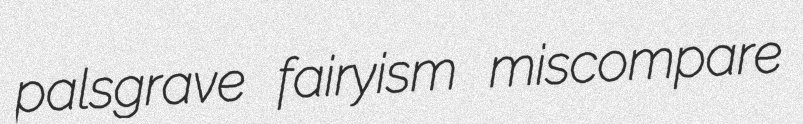
palsgrave fairyism miscompare